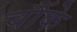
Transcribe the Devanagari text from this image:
चौंके